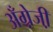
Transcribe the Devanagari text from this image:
अँग्रे़जी़